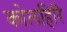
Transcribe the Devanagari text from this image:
कोलहिरि